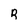
Character: R